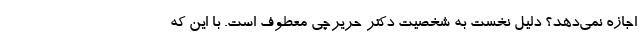
اجازه نمی‌دهد؟ دلیل نخست به شخصیت دکتر حریرچی معطوف است. با این که